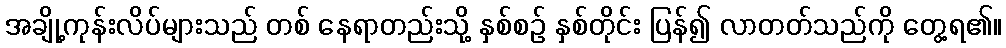
အချို့ကုန်းလိပ်များသည် တစ် နေရာတည်းသို့ နှစ်စဉ် နှစ်တိုင်း ပြန်၍ လာတတ်သည်ကို တွေ့ရ၏။